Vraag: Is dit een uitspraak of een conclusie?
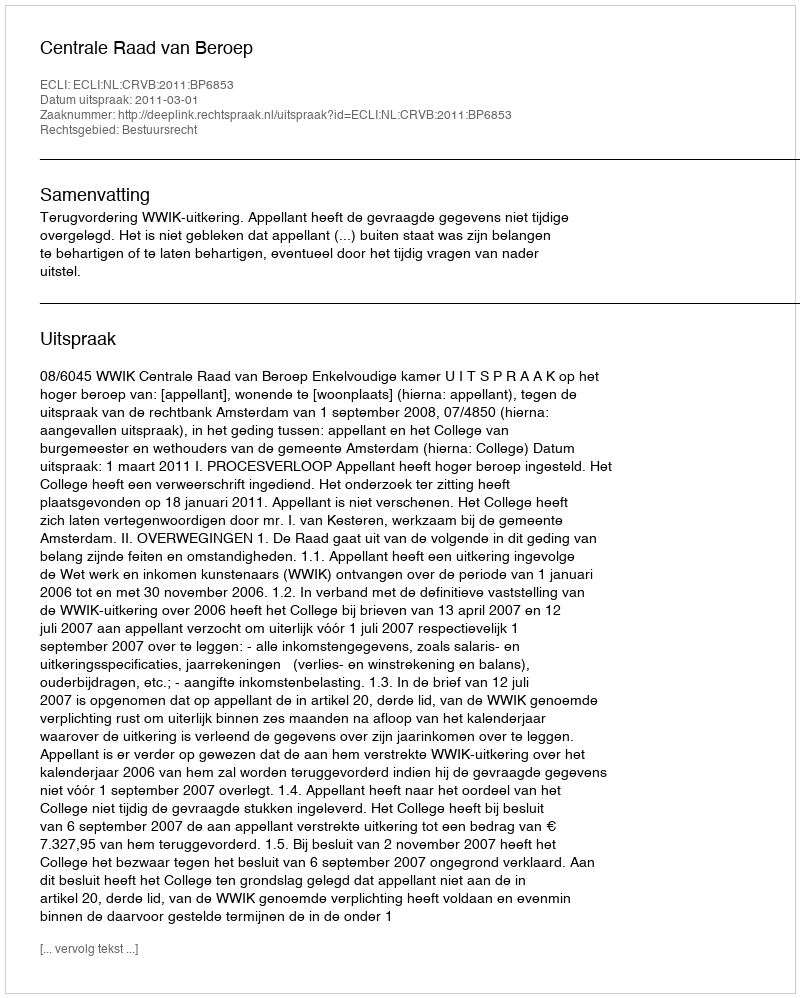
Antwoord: Uitspraak